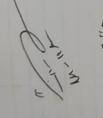
Signature authenticity: genuine